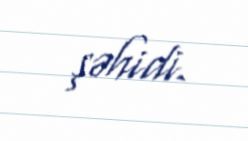
şəhidi.